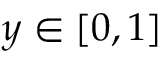
y \in [ 0 , 1 ]